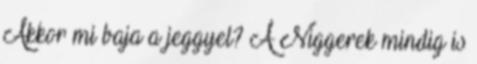
Akkor mi baja a jeggyel? A Niggerek mindig is